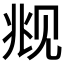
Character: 𬢋